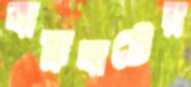
বাহ্রাঘাটের